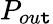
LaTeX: P_{ou\mathtt{t}}